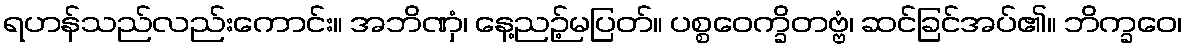
ရဟန်သည်လည်းကောင်း။ အဘိဏှံ၊ နေ့ညဉ့်မပြတ်။ ပစ္စဝေက္ခိတဗ္ဗံ၊ ဆင်ခြင်အပ်၏။ ဘိက္ခဝေ၊